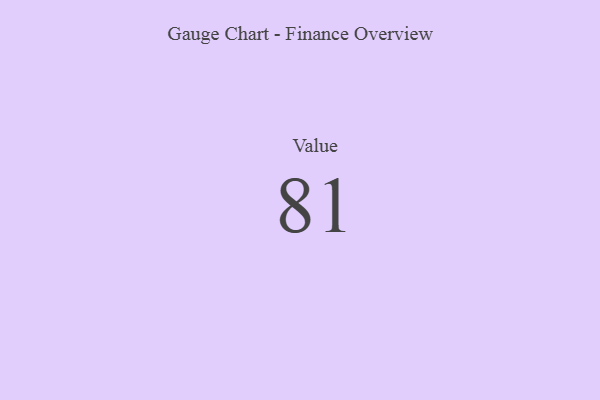
{"axis": {"x": "Metric", "y": "Value"}, "legend": [""], "data": [{"x": "Value", "y": 81, "type": ""}]}